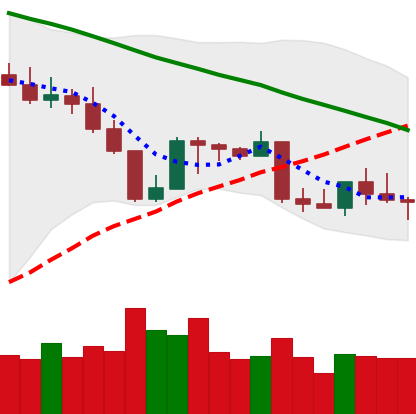
Ticker: BNB-USD
Chart end date: 2022-09-01
Forward return: -5.657%
Label: down_5_7